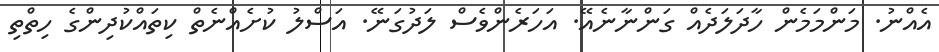
އެއްނު. މަންމަމެން ހާދަލަދެއް ގަންނާނެއޭ. އަހަރެންވެސް ލަދުގަނޭ. އަސްލު ކުށެއްނެތް ކިތައްކުދިންގެ ހިތްތި